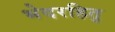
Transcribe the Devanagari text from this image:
भेदरहितु